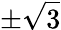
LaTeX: \pm\sqrt{3}